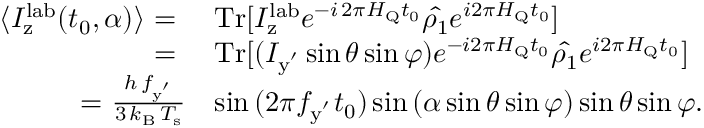
\begin{array} { r l } { \langle I _ { \mathrm { z } } ^ { \mathrm { l a b } } ( t _ { 0 } , \alpha ) \rangle ~ { = } ~ } & { \mathrm { T r } [ I _ { \mathrm { z } } ^ { \mathrm { l a b } } e ^ { - i \, 2 \pi H _ { \mathrm { Q } } t _ { 0 } } \hat { \rho _ { 1 } } e ^ { i 2 \pi H _ { \mathrm { Q } } t _ { 0 } } ] } \\ { { = } ~ } & { \mathrm { T r } [ ( I _ { \mathrm { y ^ { ' } } } \sin { \theta } \sin { \varphi } ) e ^ { - i 2 \pi H _ { \mathrm { Q } } t _ { 0 } } \hat { \rho _ { 1 } } e ^ { i 2 \pi H _ { \mathrm { Q } } t _ { 0 } } ] } \\ { { = } ~ \frac { h \, f _ { \mathrm { y ^ { ' } } } } { 3 \, k _ { \mathrm { B } } \, T _ { \mathrm { s } } } } & { \sin { ( 2 \pi f _ { \mathrm { y ^ { ' } } } t _ { 0 } ) } \sin { ( \alpha \sin { \theta } \sin { \varphi } ) } \sin { \theta } \sin { \varphi } . } \end{array}